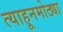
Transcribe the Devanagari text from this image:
त्याहूनमोठ्या